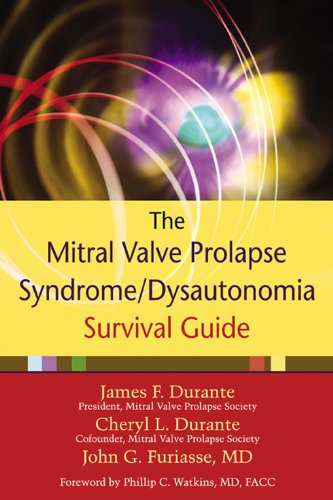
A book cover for The Mitral Valve Prolapse Syndrome/Dysautonomia Survival Guide; Cheryl Durante; Health, Fitness & Dieting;